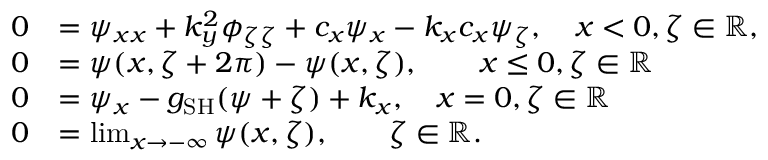
\begin{array} { r l r } { 0 } & { = \psi _ { x x } + k _ { y } ^ { 2 } \phi _ { \zeta \zeta } + c _ { x } \psi _ { x } - k _ { x } c _ { x } \psi _ { \zeta } , \quad x < 0 , \zeta \in \mathbb { R } , } & \\ { 0 } & { = \psi ( x , \zeta + 2 \pi ) - \psi ( x , \zeta ) , \qquad x \leq 0 , \zeta \in \mathbb { R } } & \\ { 0 } & { = \psi _ { x } - g _ { \mathrm { S H } } ( \psi + \zeta ) + k _ { x } , \quad x = 0 , \zeta \in \mathbb { R } } & \\ { 0 } & { = \operatorname* { l i m } _ { x \rightarrow - \infty } \psi ( x , \zeta ) , \qquad \zeta \in \mathbb { R } . } & \end{array}